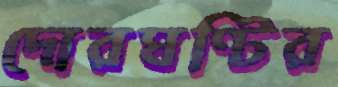
দোরঘণ্টির